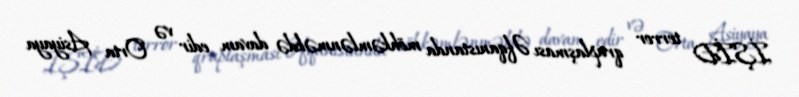
İŞİD terror qruplaşması Əfqanıstanda möhkəmlənməkdə davam edir və Orta Asiyaya